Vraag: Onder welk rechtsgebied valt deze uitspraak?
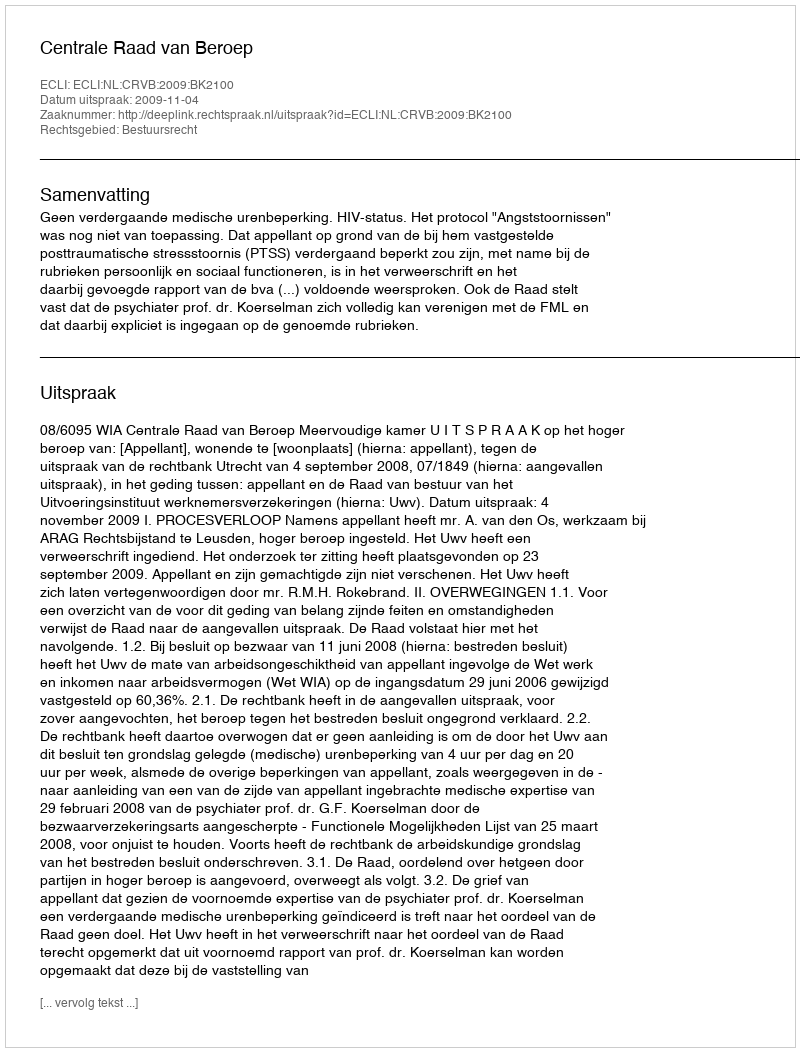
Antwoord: Bestuursrecht